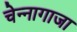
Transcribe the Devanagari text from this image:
चेन्‍नागाजा